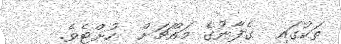
ތަކުގައި  ގެފާނުގެ މައްޗަށް  ހުށްޓެވެ.